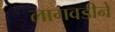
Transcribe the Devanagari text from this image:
लागवडीने